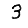
Digit: 3